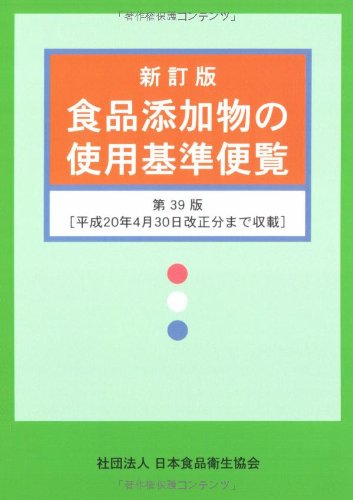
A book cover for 39th edition use standard handbook of new and revised edition food additive (2008) ISBN: 4889250190 [Japanese Import]; Health, Fitness & Dieting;